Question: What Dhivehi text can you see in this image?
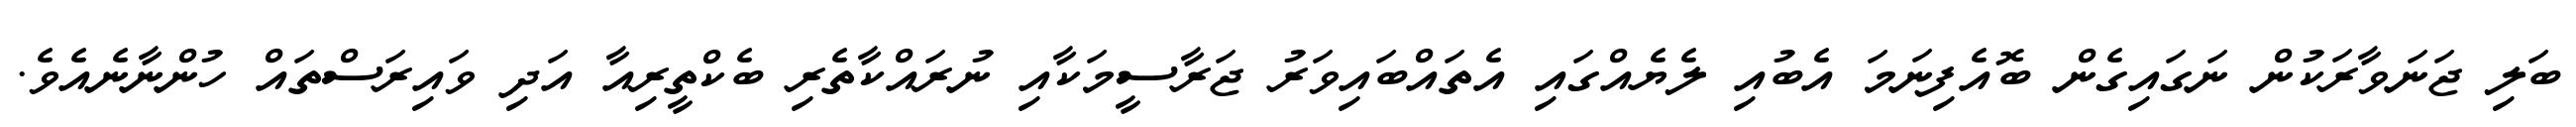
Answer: ބަލި ޖަނަވާރަކުން ނަގައިގެން ބޮއެފިނަމަ އެބުއި ލެޔެއްގައި އެތައްބައިވަރު ޖަރާސީމަކާއި ނުރައްކާތެރި ބެކްތީރިއާ އަދި ވައިރަސްތައް ހުންނާނެއެވެ.